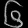
Digit: ၆